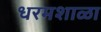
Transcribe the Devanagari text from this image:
धरमशाळा